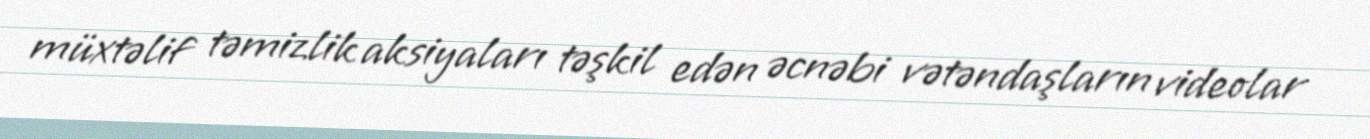
müxtəlif təmizlik aksiyaları təşkil edən əcnəbi vətəndaşların videolar